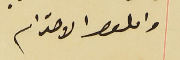
واىلوا الاحترام